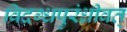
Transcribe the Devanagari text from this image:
विदग्धपुरंध्रीवत्